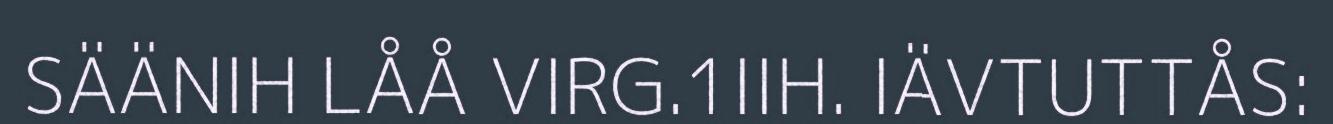
SÄÄNIH LÅÅ VIRG.1IIH. IÄVTUTTÅS: